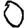
Digit: 0